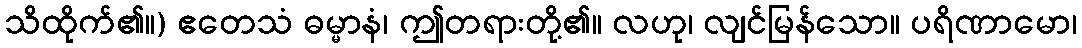
သိထိုက်၏။) ဧတေသံ ဓမ္မာနံ၊ ဤတရားတို့၏။ လဟု၊ လျင်မြန်သော။ ပရိဏာမော၊